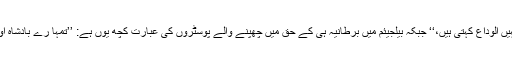
برطانیہ میں میڈیا کے ذریعے پوسٹرز چھپ رہے ہیں: ’’برطانوی عورتیں تمہیں الوداع کہتی ہیں،‘‘ جبکہ بیلجیئم میں برطانیہ ہی کے حق میں چھپنے والے پوسٹروں کی عبارت کچھ یوں ہے: ’’تمہا رے بادشاہ اور ملک کو برطانوی سلطنت کی شان و شوکت کےلیے تمہاری ضرورت ہے۔